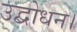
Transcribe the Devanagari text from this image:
उद्बोधन।